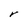
Character: r